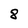
Character: 8